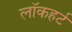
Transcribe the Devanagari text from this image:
लॉकहर्ट